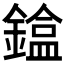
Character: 𨫸